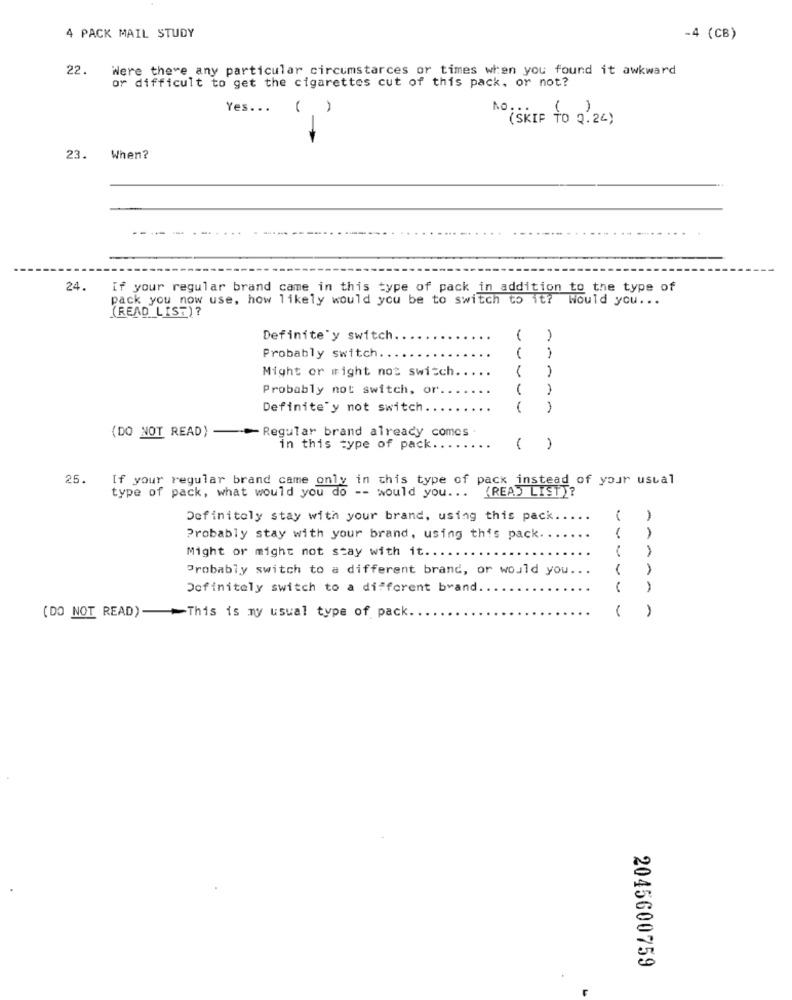
4 PACK MAIL STUDY
-4 (CB)
22.
Were there any particular circumstarces or times when you found it awkward
or difficult to get the cigarettes cut of this pack, or not?
Yes ...
NOISKIP TO 0.24)
23.
When?
24.
If your regular brand came in this type of pack in addition to the type of
pack you now use, how likely would you be to switch to it? Would you ...
(READ LIST)?
Definitely switch
Probably switch ..
Might or might not switch.
Probably not switch, or
Definitely not switch
-----
(DO NOT READ) ->Regular brand already comes .
in this type of pack ..
( )
25.
If your regular brand came only in this type of pack instead of your usual
(READ LIST)?
type of pack, what would you do -- would you ...
Definitely stay with your brand, using this pack
Probably stay with your brand, using this pack.
AAA
Might or might not stay with it ...
Probably switch to a different brand, or would you ...
-
1
Definitely switch to a different brand
1
(DO NOT READ)- >This is my usual type of pack.
2045600759